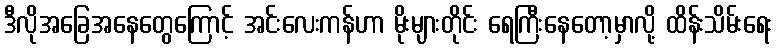
ဒီလိုအခြေအနေတွေကြောင့် အင်းလေးကန်ဟာ မိုးများတိုင်း ရေကြီးနေတော့မှာလို့ ထိန်းသိမ်းရေး